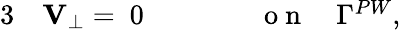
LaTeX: \begin{array}{rlrl}{{3}}&{{}{\mathbf V}_{\perp}=~0\qquad}&{}&{{}\mathrm{~o~n~}\quad\Gamma^{PW},}\end{array}